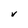
Character: V